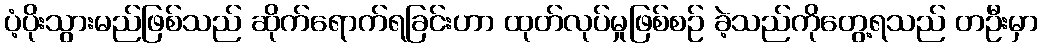
ပံ့ပိုးသွားမည်ဖြစ်သည် ဆိုက်ရောက်ရခြင်းဟာ ထုတ်လုပ်မှုဖြစ်စဉ် ခဲ့သည်ကိုတွေ့ရသည် တဦးမှာ